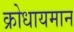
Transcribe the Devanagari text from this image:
क्रोधायमान